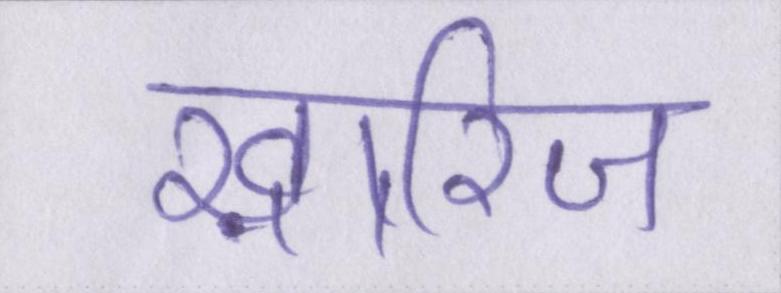
ख़ारिज